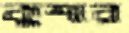
কুশার